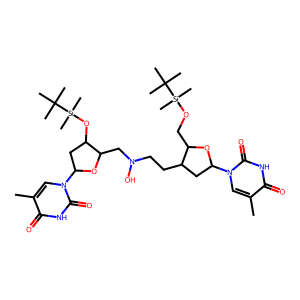
SMILES: Cc1cn(C2CC(CCN(O)CC3OC(n4cc(C)c(=O)[nH]c4=O)CC3O[Si](C)(C)C(C)(C)C)C(CO[Si](C)(C)C(C)(C)C)O2)c(=O)[nH]c1=O
Inhibits HIV replication: No